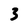
Character: 3